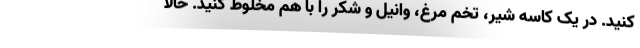
کنید. در یک کاسه شیر، تخم مرغ، وانیل و شکر را با هم مخلوط کنید. حالا